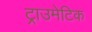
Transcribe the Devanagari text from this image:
ट्राउमेटिक